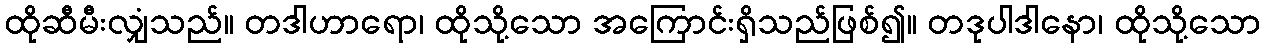
ထိုဆီမီးလျှံသည်။ တဒါဟာရော၊ ထိုသို့သော အကြောင်းရှိသည်ဖြစ်၍။ တဒုပါဒါနော၊ ထိုသို့သော